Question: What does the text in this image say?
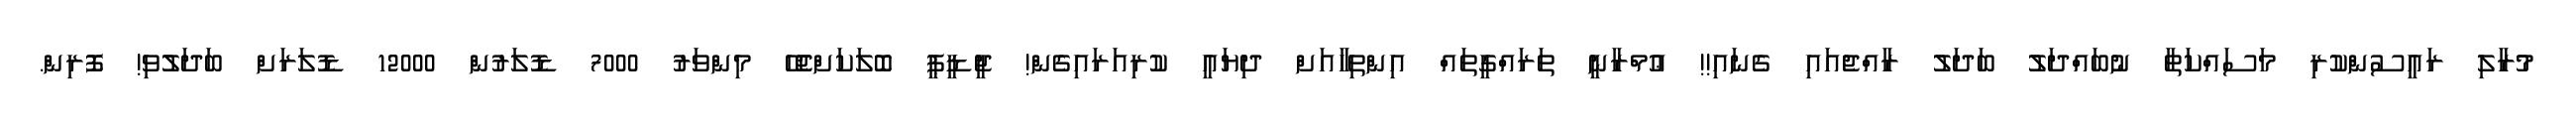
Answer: މުރާލި ރައީސުންކުރި މަސައްކަތާ ނުބައްދަލު ބަދަލު ރާއްޖެއައި ގެނައި!! ޢުމްރާނީ ތަރައްގީތައް އިންތިހާއަށް ދިޔައީ ކުރިއަރައިގެން! ޖީޑީޕީ ބޮލަކަށްޖެހޭ މިންވަރު 7000 ޑޮލަރުން 12000 ޑޮލަރަށް ބަދަލުވި! ފޮރިން.